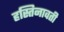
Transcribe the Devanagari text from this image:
हस्तिनावती